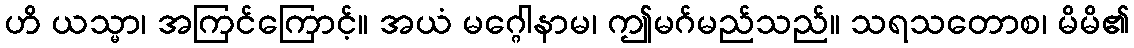
ဟိ ယသ္မာ၊ အကြင်ကြောင့်။ အယံ မဂ္ဂေါနာမ၊ ဤမဂ်မည်သည်။ သရသတောစ၊ မိမိ၏